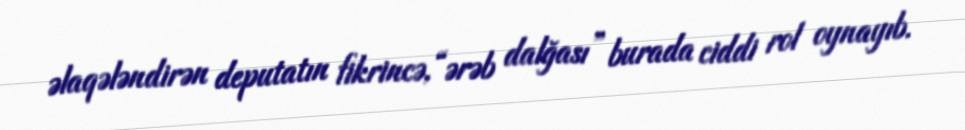
əlaqələndirən deputatın fikrincə, “ərəb dalğası” burada ciddi rol oynayıb.